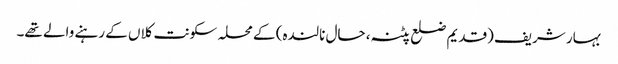
بہار شریف (قدیم ضلع پٹنہ، حال نالندہ) کے محلہ سکونت کلاں کے رہنے والے تھے۔